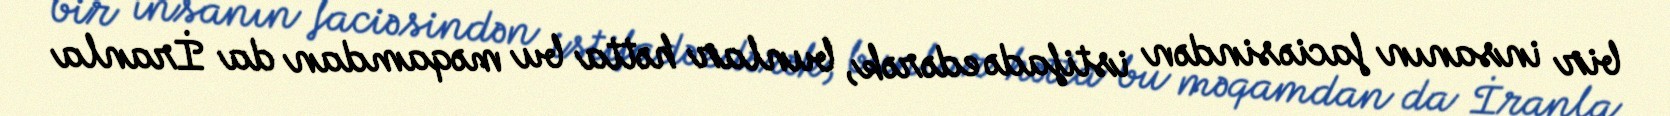
bir insanın faciəsindən istifadə edərək, bunlar hətta bu məqamdan da İranla